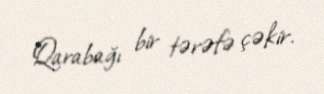
Qarabağı bir tərəfə çəkir.